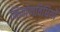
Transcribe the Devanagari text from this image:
निर्माणविधियों